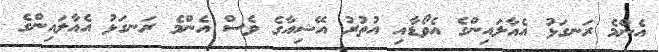
އެންމެ ރަނގަޅު އެއާލައިންގެ އެވޯޑާއި އުތުރު އޭޝިއާގެ ވެސް އެންމެ ރަނގަޅު އެއާލައިންގެ